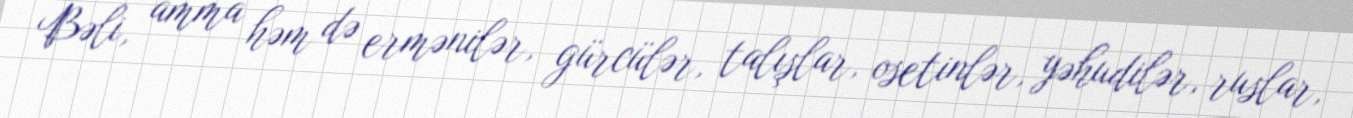
Bəli, amma həm də ermənilər, gürcülər, talışlar, osetinlər, yəhudilər, ruslar,